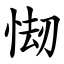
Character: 㥘